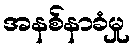
အနစ်နာခံမှု